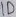
Text: ID